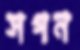
সগন